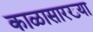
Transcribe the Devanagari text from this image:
काळासारख्या